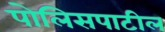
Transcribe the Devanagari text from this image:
पोलिसपाटील